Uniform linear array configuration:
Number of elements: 8
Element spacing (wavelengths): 0.25
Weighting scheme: binomial
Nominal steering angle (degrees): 30
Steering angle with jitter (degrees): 31.58
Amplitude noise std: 0.05
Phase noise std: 0.05

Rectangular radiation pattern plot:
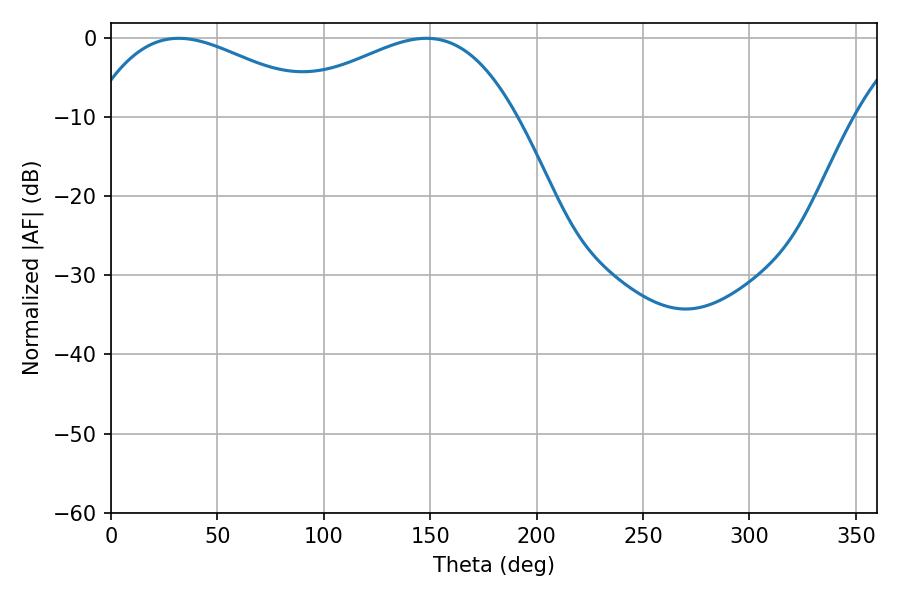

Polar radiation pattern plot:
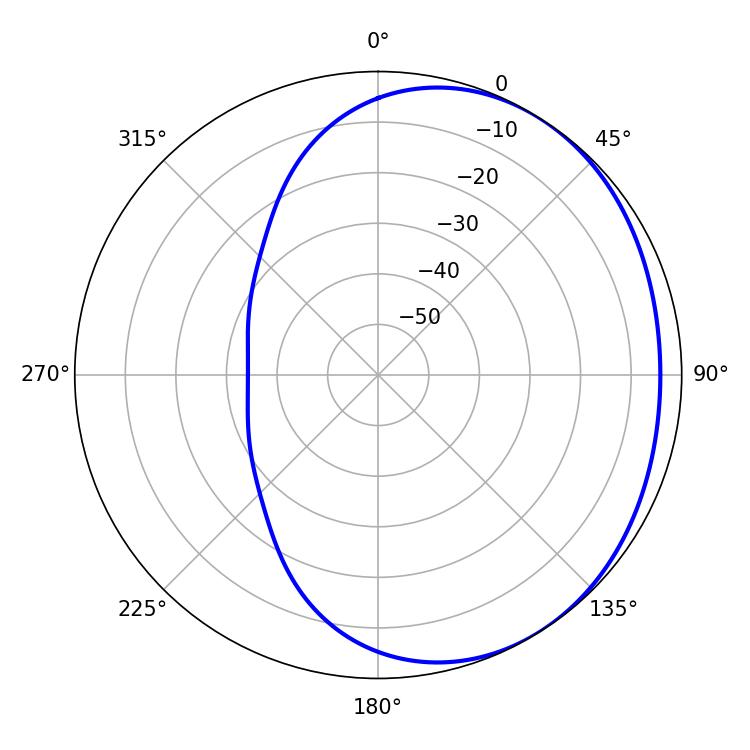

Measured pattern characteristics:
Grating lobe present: FALSE
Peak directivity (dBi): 1.989
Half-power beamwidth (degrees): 60.48
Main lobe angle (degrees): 31.86